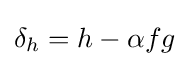
\delta _{h}=h-\alpha fg